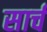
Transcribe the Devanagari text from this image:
सार्च